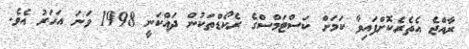
ރާއްޖެ އެތެރެކޮށްފައިވާ ކަމަށް ކަސްޓަމްސްގެ ރެކޯޑްތަކުން ދައްކަނީ 1998 ވަނަ އަހަރު އެވެ.